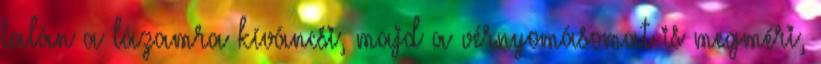
talán a lázamra kíváncsi, majd a vérnyomásomat is megméri,